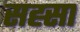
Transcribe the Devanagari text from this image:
सह्सा